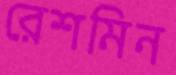
রেশমিন